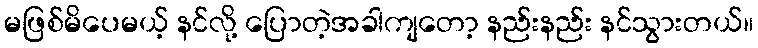
မဖြစ်မိပေမယ့် နင်လို့ ပြောတဲ့အခါကျတော့ နည်းနည်း နင်သွားတယ်။